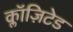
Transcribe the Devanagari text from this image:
क्लॉज़िटेड